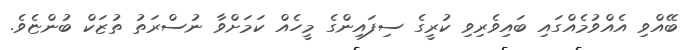
ބޭއްވި އެއްވުމެއްގައި ބައިވެރިވި ކުރީގެ ސިފައިންގެ މީހެއް ކަމަށްވާ ނުސްރަތު ތުޒަކް ބުންޏެވެ.